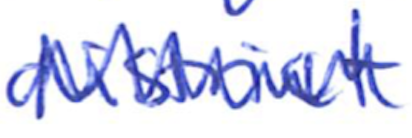
Text: district
Cross-out: zig-zag
Writing tool: ballpoint